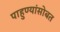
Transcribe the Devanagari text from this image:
पाहुण्यांसोबत